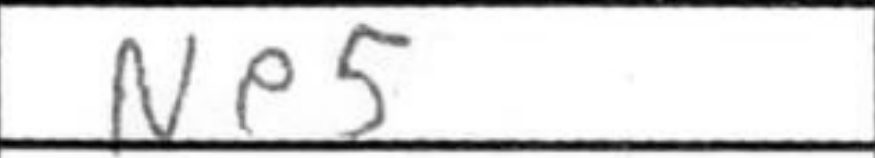
Transcription: Ne5